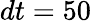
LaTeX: dt=50